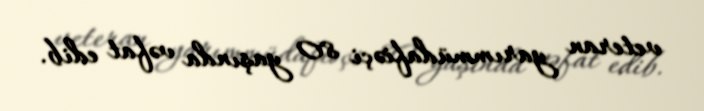
veteran yarımmüdafiəçi 80 yaşında vəfat edib.